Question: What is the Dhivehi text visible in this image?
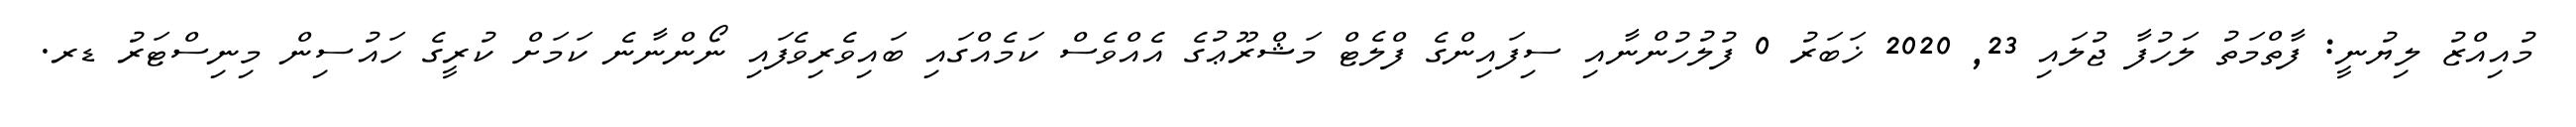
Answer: މުއިއްޒު ލިޔުނީ: ފާތްމަތު ލަހުފާ ޖުލައި 23, 2020 ޚަބަރު 0 ފުލުހުންނާއި ސިފައިންގެ ފްލެޓް މަޝްރޫޢުގެ އެއްވެސް ކަމެއްގައި ބައިވެރިވެފައި ނޯންނާނެ ކަމަށް ކުރީގެ ހައުސިން މިނިސްޓަރު ޑރ.